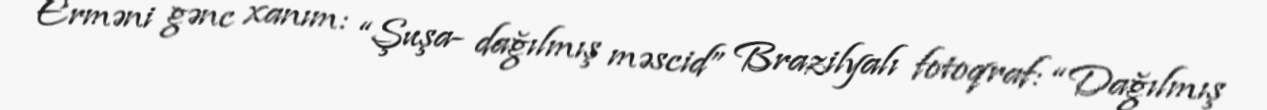
Erməni gənc xanım: “Şuşa- dağılmış məscid” Brazilyalı fotoqraf: “Dağılmış